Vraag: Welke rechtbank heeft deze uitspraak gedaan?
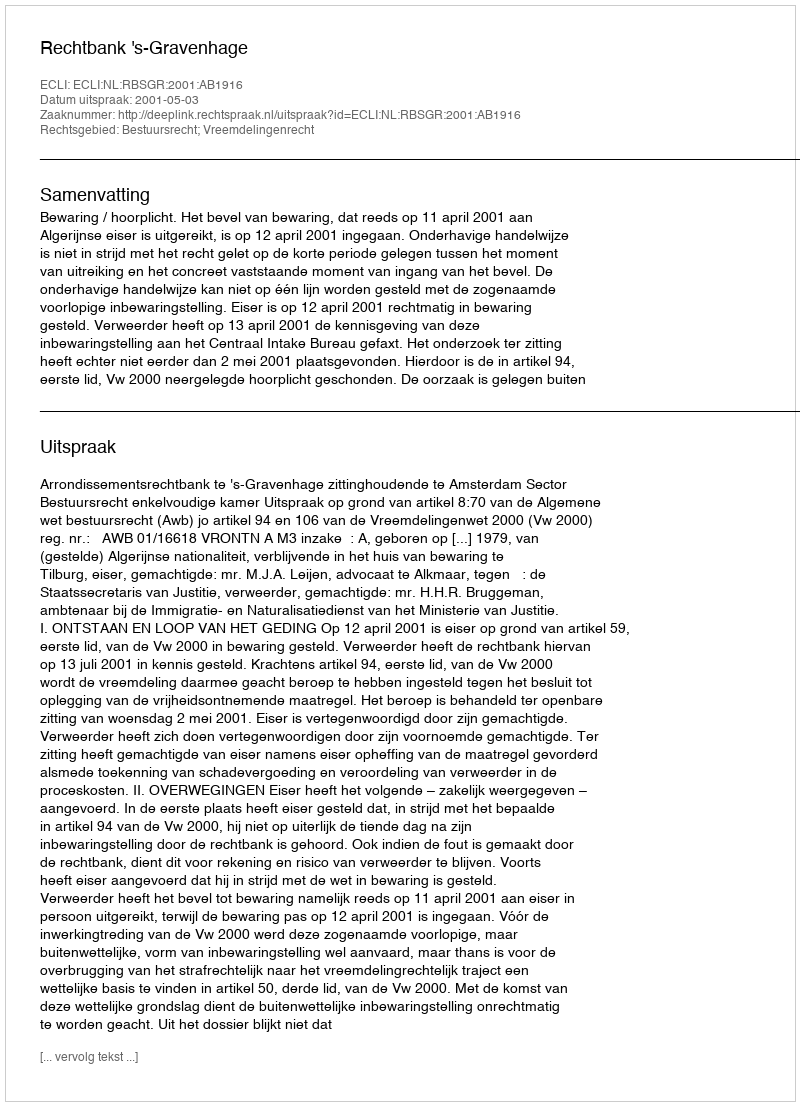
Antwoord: Rechtbank 's-Gravenhage